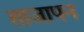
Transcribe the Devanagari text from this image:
ताजापन